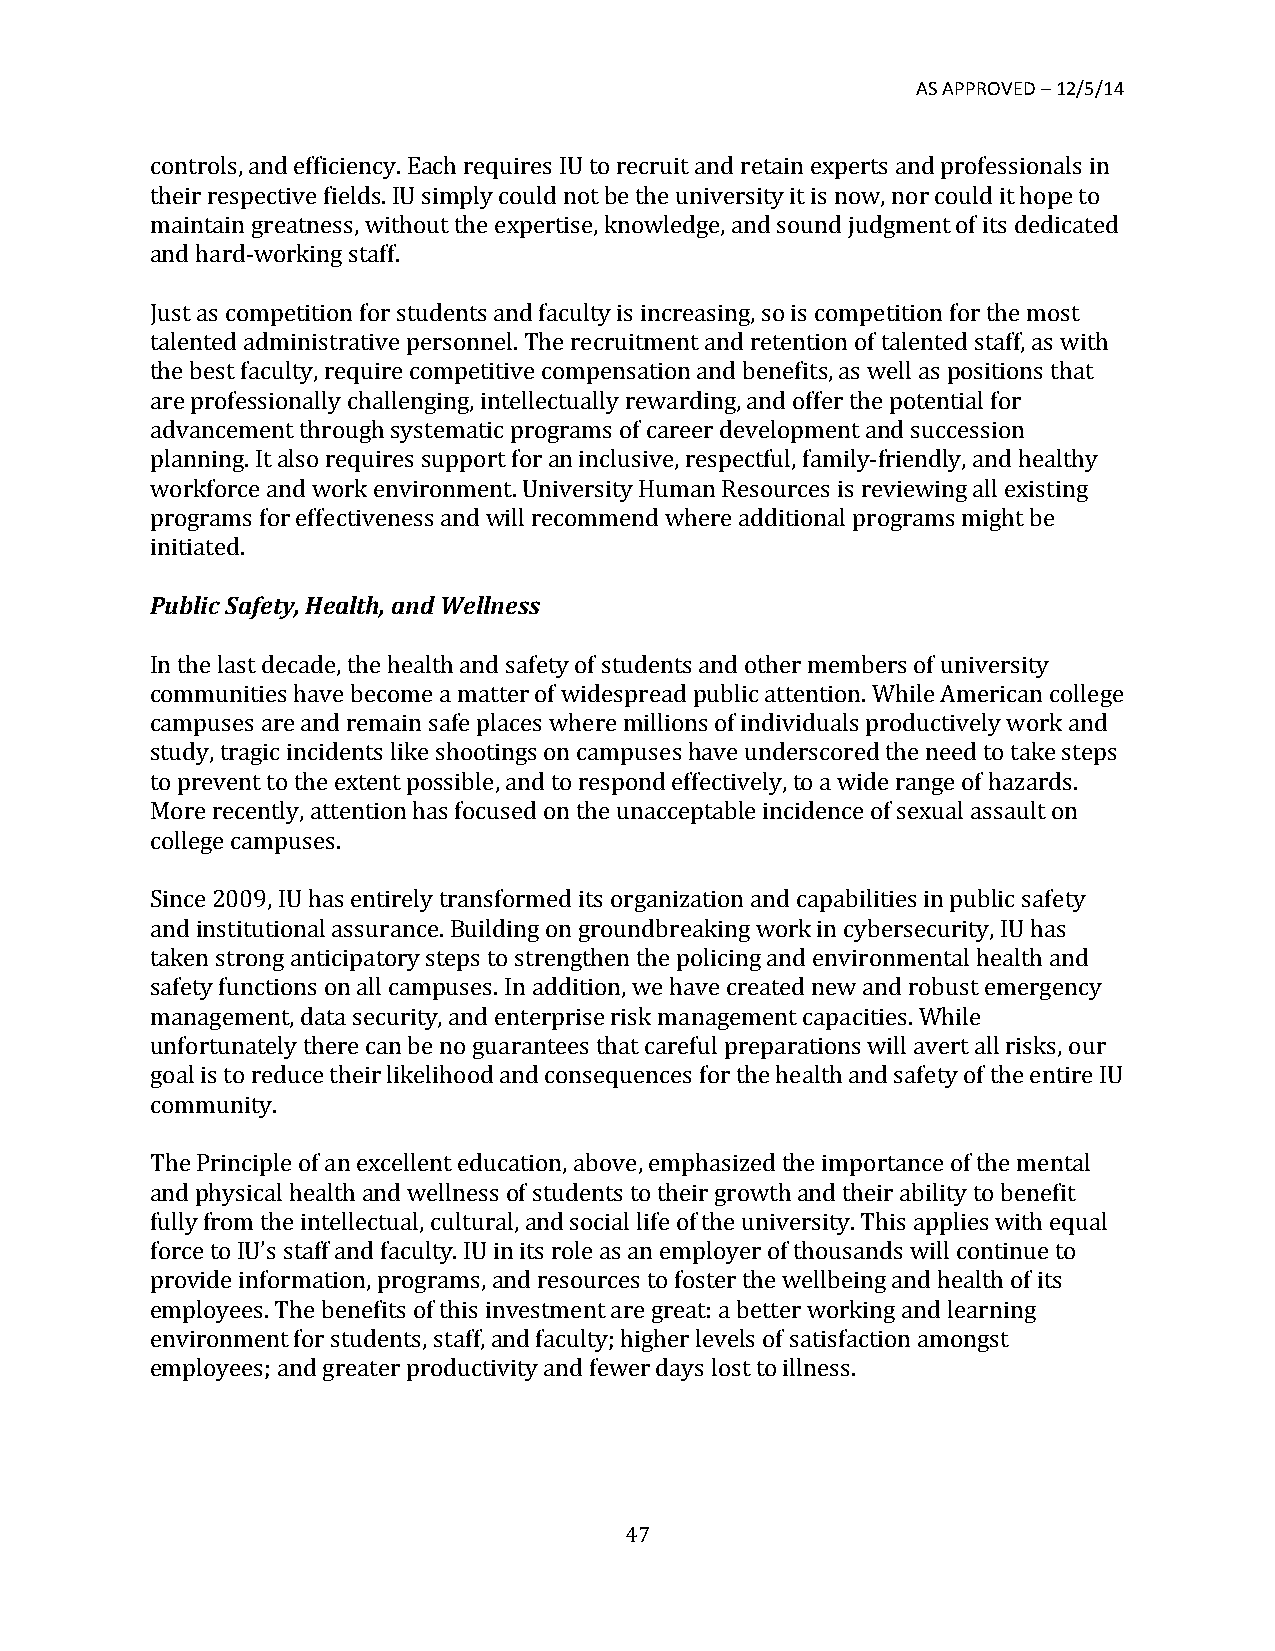
AS APPROVED – 12/5/14
 controls, and efficiency. Each requires IU to recruit and retain experts and professionals in
 their respective fields. IU simply could not be the university it is now, nor could it hope to
 maintain greatness, without the expertise, knowledge, and sound judgment of its dedicated
 and hard-­‐working staff.
 Just as competition for students and faculty is increasing, so is competition for the most
 talented administrative personnel. The recruitment and retention of talented staff, as with
 the best faculty, require competitive compensation and benefits, as well as positions that
 are professionally challenging, intellectually rewarding, and offer the potential for
 advancement through systematic programs of career development and succession
 planning. It also requires support for an inclusive, respectful, family-­‐friendly, and healthy
 workforce and work environment. University Human Resources is reviewing all existing
 programs for effectiveness and will recommend where additional programs might be
 initiated.
 Public Safety, Health, and Wellness
 In the last decade, the health and safety of students and other members of university
 communities have become a matter of widespread public attention. While American college
 campuses are and remain safe places where millions of individuals productively work and
 study, tragic incidents like shootings on campuses have underscored the need to take steps
 to prevent to the extent possible, and to respond effectively, to a wide range of hazards.
 More recently, attention has focused on the unacceptable incidence of sexual assault on
 college campuses.
 Since 2009, IU has entirely transformed its organization and capabilities in public safety
 and institutional assurance. Building on groundbreaking work in cybersecurity, IU has
 taken strong anticipatory steps to strengthen the policing and environmental health and
 safety functions on all campuses. In addition, we have created new and robust emergency
 management, data security, and enterprise risk management capacities. While
 unfortunately there can be no guarantees that careful preparations will avert all risks, our
 goal is to reduce their likelihood and consequences for the health and safety of the entire IU
 community.
 The Principle of an excellent education, above, emphasized the importance of the mental
 and physical health and wellness of students to their growth and their ability to benefit
 fully from the intellectual, cultural, and social life of the university. This applies with equal
 force to IU’s staff and faculty. IU in its role as an employer of thousands will continue to
 provide information, programs, and resources to foster the wellbeing and health of its
 employees. The benefits of this investment are great: a better working and learning
 environment for students, staff, and faculty; higher levels of satisfaction amongst
 employees; and greater productivity and fewer days lost to illness.
 47